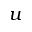
u